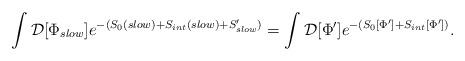
LaTeX: \begin{align*}\int {\cal D}[\Phi_{slow}] e^{-(S_0 (slow) + S_{int} (slow) + S'_{slow})}= \int {\cal D}[\Phi']e^{-(S_0 [\Phi'] + S_{int}[\Phi'])}.\end{align*}